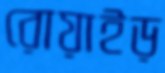
রোয়াইড়